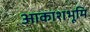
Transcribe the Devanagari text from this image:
आकाशभूमि